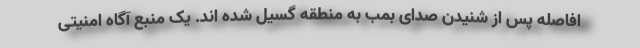
افاصله پس از شنیدن صدای بمب به منطقه گسیل شده اند. یک منبع آگاه امنیتی